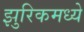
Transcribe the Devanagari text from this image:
झुरिकमध्ये